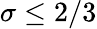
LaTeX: \sigma\le 2/3